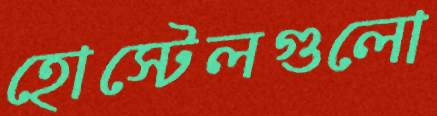
হোস্টেলগুলো